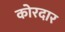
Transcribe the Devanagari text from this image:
कोरदार